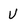
Character: U